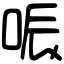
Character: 㖘